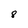
Character: 8